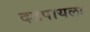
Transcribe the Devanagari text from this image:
दडपायला